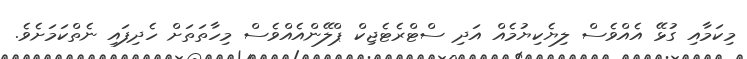
މިކަމާއި ގުޅޭ އެއްވެސް ލިޔެކިޔުމެއް އަދި ސްޓްރެޓެޖިކް ޕްލޭންއެއްވެސް މިހާތަތަށް ހެދިފައި ނެތްކަމަށެވެ.